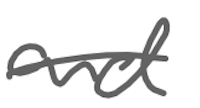
Text: and
Cross-out: single-line
Writing tool: digital_gray